Indian journal of veterinary science and animal husbandry - Volume 9,
Year: 1939
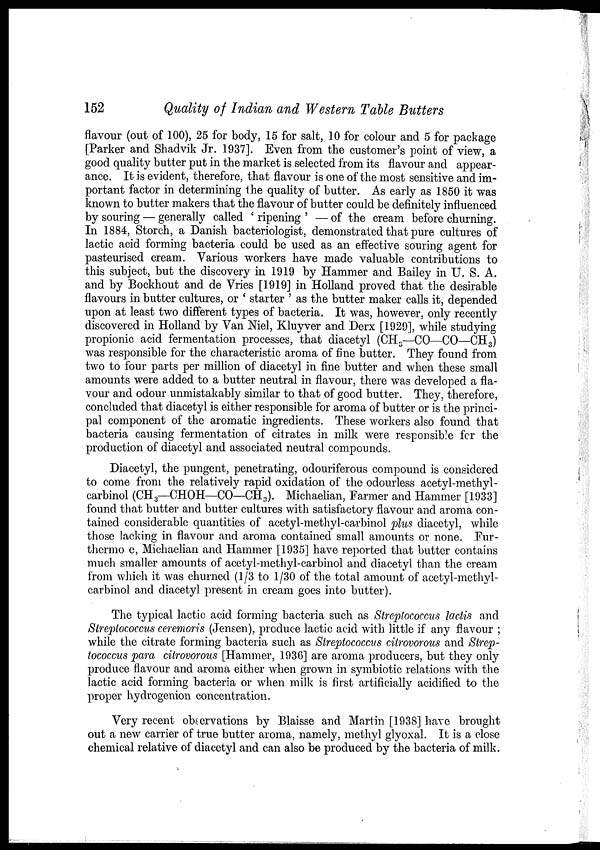
152
Quality of Indian and Western Table Butters
flavour (out of 100), 25 for body, 15 for salt, 10 for colour and 5 for package
[Parker and Shadvik Jr. 1937]. Even from the customer's point of view, a
good quality butter put in the market is selected from its flavour and appear
ance. It is evident, therefore, that flavour is one of the most sensitive and im
portant factor in determining the quality of butter. As early as 1850 it was
known to butter makers that the flavour of butter could be definitely influenced
by souring — generally called ' ripening ' — of the cream before churning.
In 1884, Storch, a Danish bacteriologist, demonstrated that pure cultures of
lactic acid forming bacteria could be used as an effective souring agent for
pasteurised cream. Various workers have made valuable contributions to
this subject, but the discovery in 1919 by Hammer and Bailey in U. S. A.
and by Bockhout and de Vries [1919] in Holland proved that the desirable
flavours in butter cultures, or ' starter ' as the butter maker calls it, depended
upon at least two different types of bacteria. It was, however, only recently
discovered in Holland by Van Niel, Kluyver and Derx [1929], while studying
propionic acid fermentation processes, that diacetyl (CH 3 —CO—CO—CH 3 )
was responsible for the characteristic aroma of fine butter. They found from
two to four parts per million of diacetyl in fine butter and when these small
amounts were added to a butter neutral in flavour, there was developed a fla
vour and odour unmistakably similar to that of good butter. They, therefore,
concluded that diacetyl is either responsible for aroma of butter or is the princi
pal component of the aromatic ingredients. These workers also found that
bacteria causing fermentation of citrates in milk were responsible for the
production of diacetyl and associated neutral compounds.
Diacetyl, the pungent, penetrating, odouriferous compound is considered
to come from the relatively rapid oxidation of the odourless acetyl-methyl-
carbinol (CH 3 —CHOH—CO—CH 3 ). Michaelian, Farmer and Hammer [1933]
found that butter and butter cultures with satisfactory flavour and aroma con
tained considerable quantities of acetyl-methyl-carbinol plus diacetyl, while
those lacking in flavour and aroma contained small amounts or none. Fur-
thermo e, Michaelian and Hammer [1935] have reported that butter contains
much smaller amounts of acetyl-methyl-carbinol and diacetyl than the cream
from which it was churned (⅓ to 1/30 of the total amount of acetyl-methyl-
carbinol and diacetyl present in cream goes into butter).
The typical lactic acid forming bacteria such as Streptococcus lactis and
Streptococcus ceremoris (Jensen), produce lactic acid with little if any flavour ;
while the citrate forming bacteria such as Streptococcus citrovorous and Strep-
tococcus para citrovorous [Hammer, 1936] are aroma producers, but they only
produce flavour and aroma either when grown in symbiotic relations with the
lactic acid forming bacteria or when milk is first artificially acidified to the
proper hydrogenion concentration.
Very recent observations by Blaisse and Martin [1938] have brought
out a new carrier of true butter aroma, namely, methyl glyoxal. It is a close
chemical relative of diacetyl and can also be produced by the bacteria of milk.